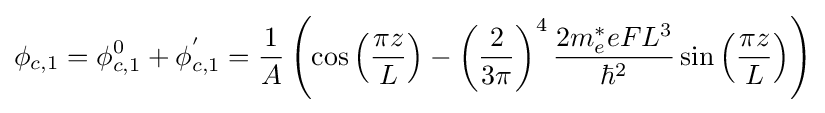
\phi _{c,1}=\phi _{c,1}^{0}+\phi _{c,1}^{'}={\frac {1}{A}}\left(\cos \left({\frac {\pi z}{L}}\right)-\left({\frac {2}{3\pi }}\right)^{4}{\frac {2m_{e}^{*}eFL^{3}}{\hbar ^{2}}}\sin \left({\frac {\pi z}{L}}\right)\right)